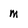
Character: M